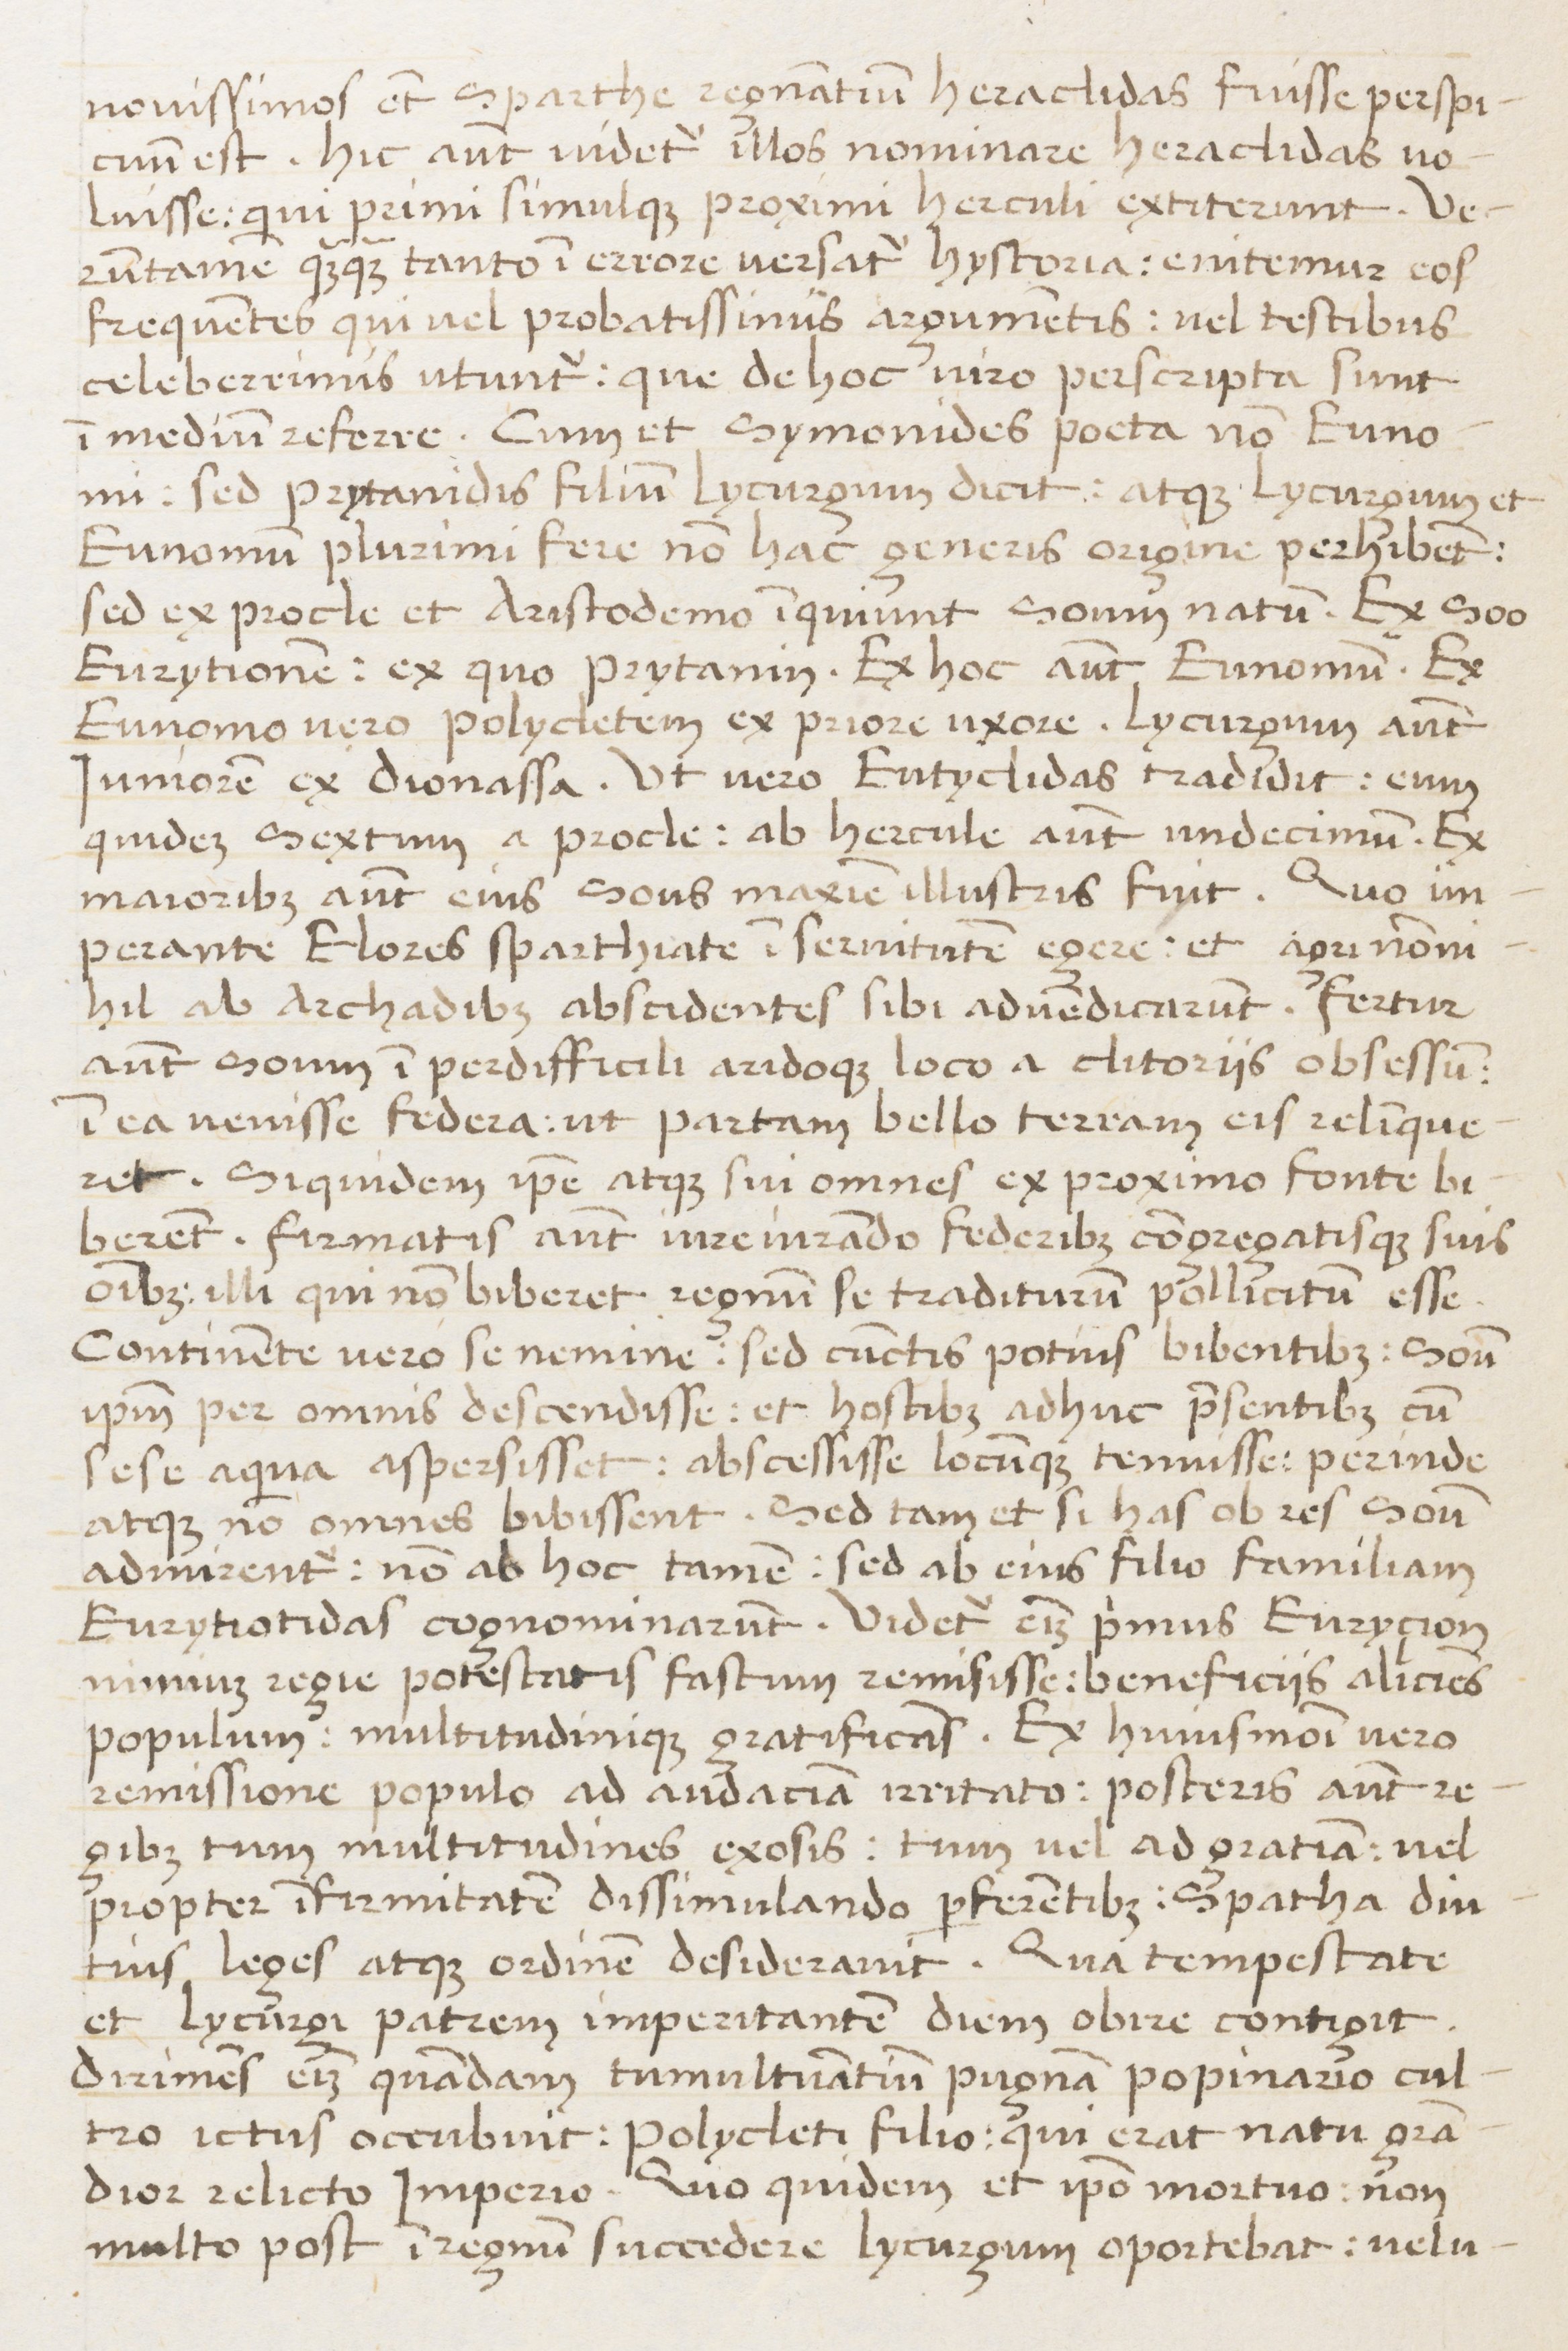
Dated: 1450–1474